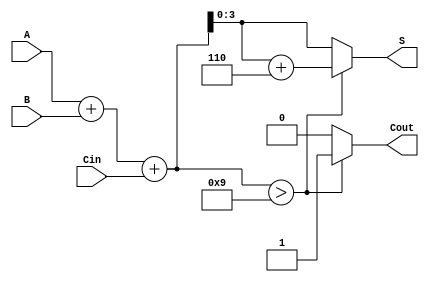
module BCD_Adder (
    input  [3:0] A,     // First BCD digit
    input  [3:0] B,     // Second BCD digit
    input        Cin,    // Carry-in
    output reg [3:0] S,  // BCD sum
    output reg Cout      // Carry-out
);
    
    wire [4:0] sum;          // 5-bit sum to accommodate carry
    wire correction_needed;   // Flag for correction
    wire [4:0] corrected_sum; // Corrected sum after adjustment

    // Step 1: Perform binary addition
    assign sum = A + B + Cin;

    // Step 2: Check if correction is needed (if sum > 9)
    assign correction_needed = sum > 4'b1001;

    // Step 3: Calculate corrected sum if needed
    assign corrected_sum = sum + 5'b0110; // Add 6 for correction

    // Step 4: Determine the final BCD output and carry-out
    always @(*) begin
        if (correction_needed) begin
            S = corrected_sum[3:0]; // Get the lower 4 bits after correction
            Cout = 1;                // Set carry-out
        end else begin
            S = sum[3:0];           // No correction needed, take lower 4 bits
            Cout = 0;               // No carry-out
        end
    end

endmodule